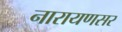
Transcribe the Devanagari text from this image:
नारायणसर